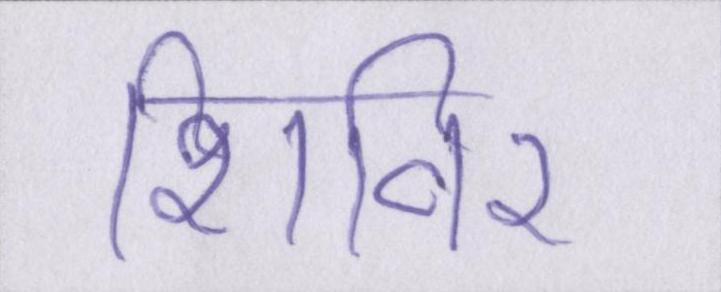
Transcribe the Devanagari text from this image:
शिविर